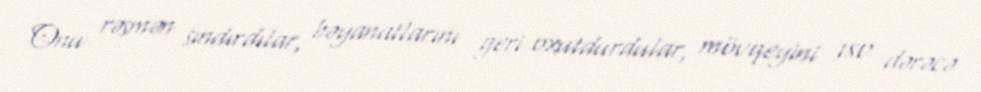
Onu rəsmən sındırdılar, bəyanatlarını geri oxutdurdular, mövqeyini 180 dərəcə